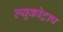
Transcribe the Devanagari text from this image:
ल्यूकोट्राप